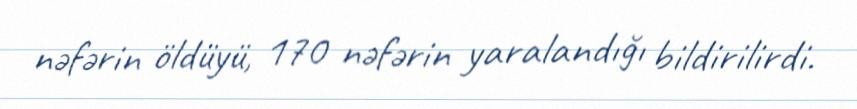
nəfərin öldüyü, 170 nəfərin yaralandığı bildirilirdi.